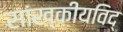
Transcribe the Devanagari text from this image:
सांख्कीयविद्